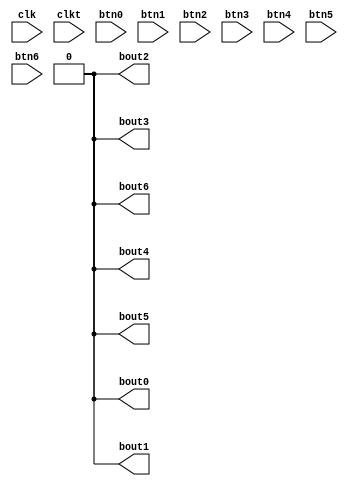

module keyinput(clk, clkt, btn0, btn1, btn2, btn3, btn4, btn5, btn6, bout0, bout1, bout2, bout3, bout4, bout5, bout6);
   input   clk;  // 
   input   clkt; // 
   input   btn0; // 
   input   btn1;
   input   btn2;
   input   btn3;
   input   btn4;
   input   btn5;
   input   btn6;
   output  bout0; // 
   output  bout1;
   output  bout2;
   output  bout3;
   output  bout4;
   output  bout5;
   output  bout6;
   
   reg     resetmp1; // 
   reg     resetmp2;
   reg     resetmp3;
   reg     resetmp4;
   reg     resetmp5;
   reg     resetmp6;
   reg     resetmp7;
   reg     resetmp8;
   reg     resetmp9;
   reg     resetmp10;
   reg     resetmp11;
   reg     resetmp12;
   reg     resetmp13;
   reg     resetmp14;
   
   always @(  clk)
      
      begin
	  // 
         resetmp1 <= btn0;
         resetmp2 <= resetmp1;
         resetmp3 <= btn1;
         resetmp4 <= resetmp3;
         resetmp6 <= resetmp5;
         resetmp5 <= btn2;
         resetmp8 <= resetmp7;
         resetmp7 <= btn3;
         resetmp10 <= resetmp9;
         resetmp9 <= btn4;
         resetmp12 <= resetmp11;
         resetmp11 <= btn5;
         resetmp14 <= resetmp13;
         resetmp13 <= btn6;
      end
   
// 
   assign bout0 = resetmp1 & ((~resetmp2));
   assign bout1 = resetmp3 & ((~resetmp4));
   assign bout2 = resetmp5 & ((~resetmp6));
   assign bout3 = resetmp7 & ((~resetmp8));
   assign bout4 = resetmp9 & ((~resetmp10));
   assign bout5 = resetmp11 & ((~resetmp12));
   assign bout6 = resetmp13 & ((~resetmp14));
   
endmodule